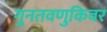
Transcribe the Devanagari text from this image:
गुनतवणुकिवर